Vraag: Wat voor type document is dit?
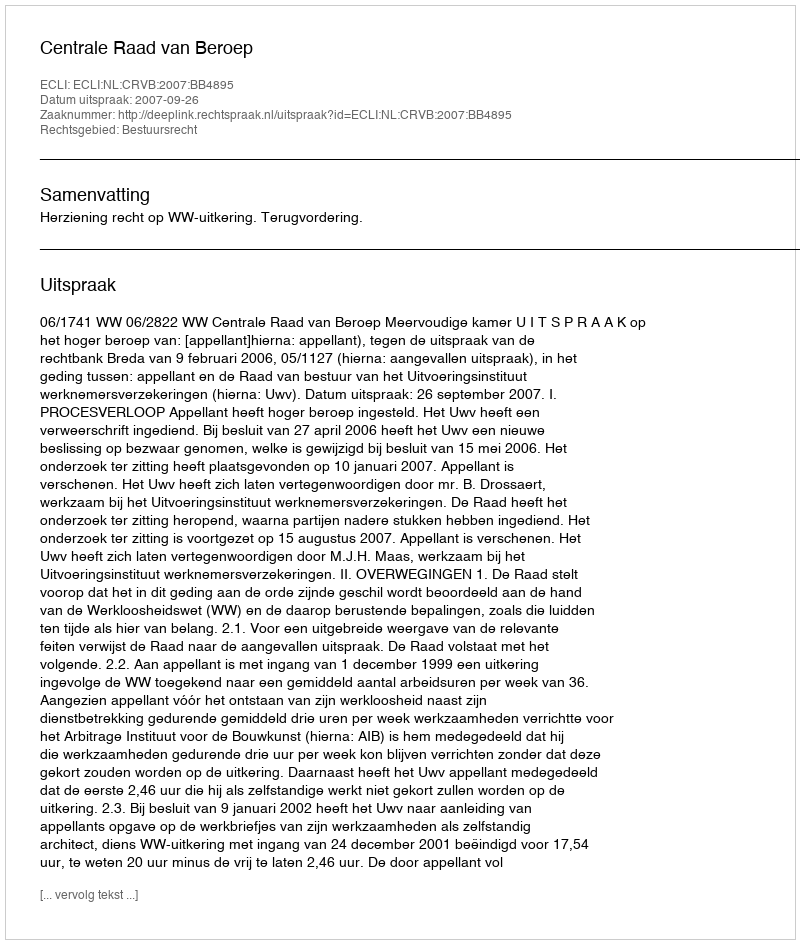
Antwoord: Uitspraak